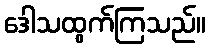
ဒေါသထွက်ကြသည်။